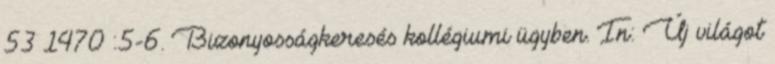
53 1470 :5-6. Bizonyosságkeresés kollégiumi ügyben. In: Új világot